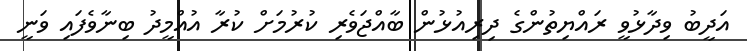
އަދީބު ވިދާޅުވީ ރައްޔިތުންގެ ދިރިއުޅުން ބާއްޖަވެރި ކުރުމަށް ކުރާ އުއްމީދު ބިނާވެފައި ވަނީ